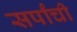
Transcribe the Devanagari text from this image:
सर्पांची